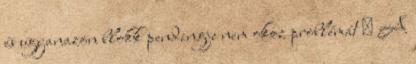
és ugyanazon blokk pendingje nem okoz problémát ● A